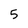
Character: 5